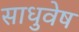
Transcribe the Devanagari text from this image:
साधुवेष